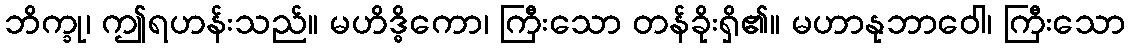
ဘိက္ခု၊ ဤရဟန်းသည်။ မဟိဒ္ဓိကော၊ ကြီးသော တန်ခိုးရှိ၏။ မဟာနုဘာဝေါ၊ ကြီးသော